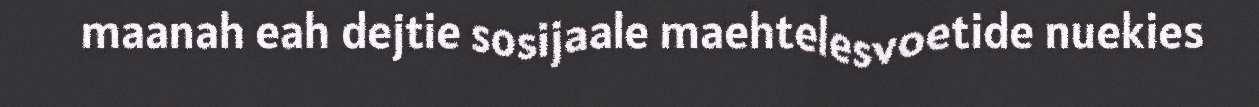
maanah eah dejtie sosijaale maehtelesvoetide nuekies